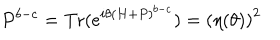
LaTeX: P ^ { b - c } = \mathrm { T r } ( e ^ { i \theta ( H + P ) ^ { b - c } } ) = \left( \eta ( \theta ) \right) ^ { 2 }